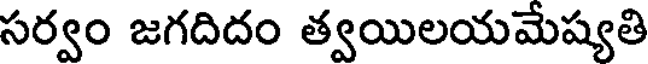
సర్వం జగదిదం త్వయిలయమేష్యతి